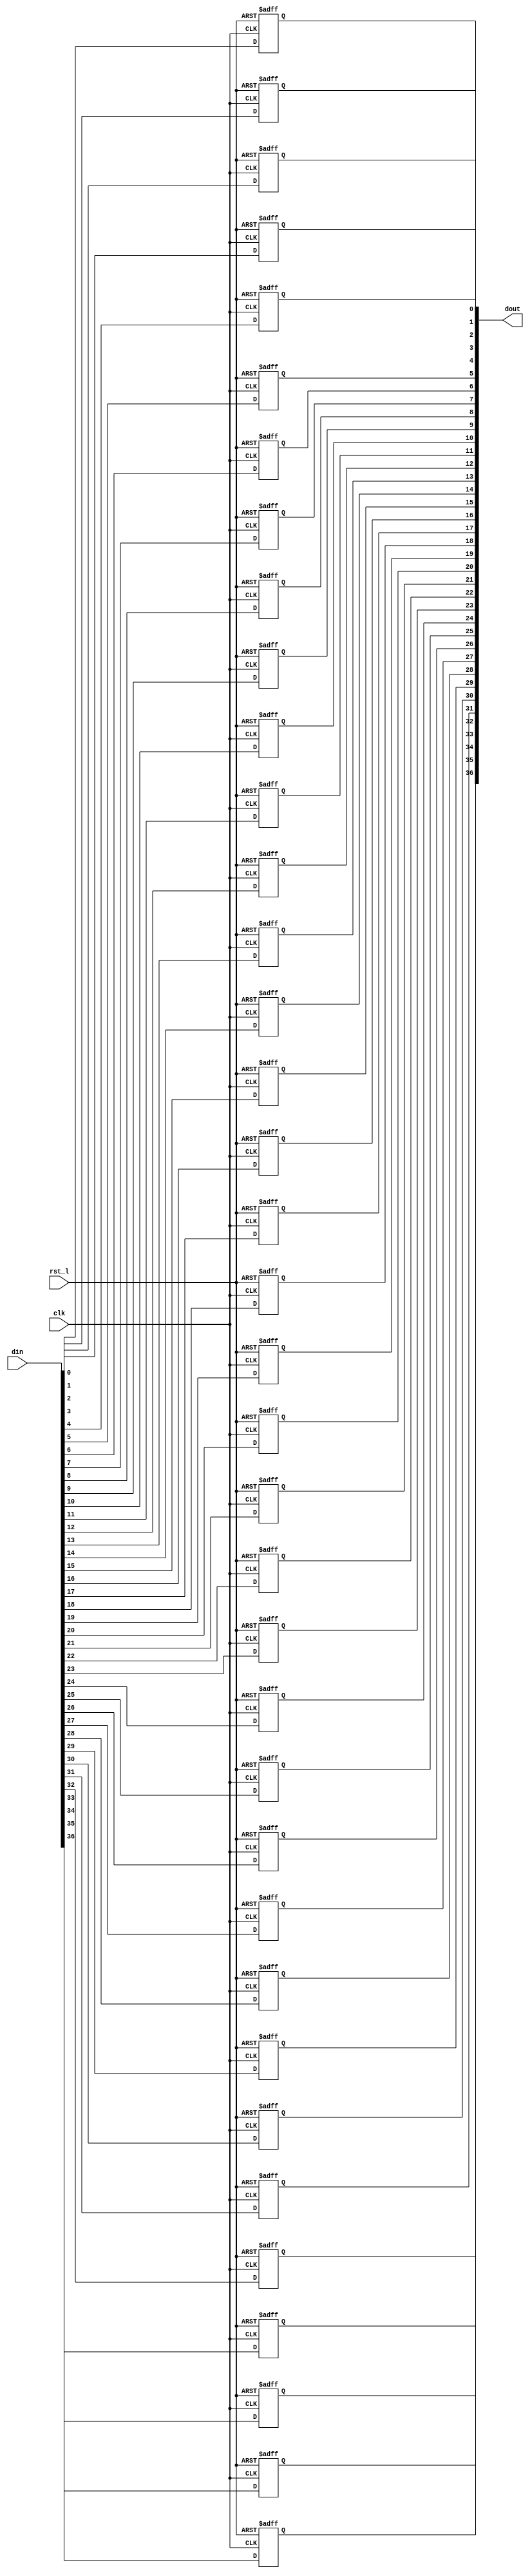
// This program was cloned from: https://github.com/NYU-MLDA/OpenABC
// License: BSD 3-Clause "New" or "Revised" License

module rvdff_WIDTH37
(
  din,
  clk,
  rst_l,
  dout
);

  input [36:0] din;
  output [36:0] dout;
  input clk;
  input rst_l;
  wire N0;
  reg [36:0] dout;

  always @(posedge clk or posedge N0) begin
    if(N0) begin
      dout[36] <= 1'b0;
    end else if(1'b1) begin
      dout[36] <= din[36];
    end
  end


  always @(posedge clk or posedge N0) begin
    if(N0) begin
      dout[35] <= 1'b0;
    end else if(1'b1) begin
      dout[35] <= din[35];
    end
  end


  always @(posedge clk or posedge N0) begin
    if(N0) begin
      dout[34] <= 1'b0;
    end else if(1'b1) begin
      dout[34] <= din[34];
    end
  end


  always @(posedge clk or posedge N0) begin
    if(N0) begin
      dout[33] <= 1'b0;
    end else if(1'b1) begin
      dout[33] <= din[33];
    end
  end


  always @(posedge clk or posedge N0) begin
    if(N0) begin
      dout[32] <= 1'b0;
    end else if(1'b1) begin
      dout[32] <= din[32];
    end
  end


  always @(posedge clk or posedge N0) begin
    if(N0) begin
      dout[31] <= 1'b0;
    end else if(1'b1) begin
      dout[31] <= din[31];
    end
  end


  always @(posedge clk or posedge N0) begin
    if(N0) begin
      dout[30] <= 1'b0;
    end else if(1'b1) begin
      dout[30] <= din[30];
    end
  end


  always @(posedge clk or posedge N0) begin
    if(N0) begin
      dout[29] <= 1'b0;
    end else if(1'b1) begin
      dout[29] <= din[29];
    end
  end


  always @(posedge clk or posedge N0) begin
    if(N0) begin
      dout[28] <= 1'b0;
    end else if(1'b1) begin
      dout[28] <= din[28];
    end
  end


  always @(posedge clk or posedge N0) begin
    if(N0) begin
      dout[27] <= 1'b0;
    end else if(1'b1) begin
      dout[27] <= din[27];
    end
  end


  always @(posedge clk or posedge N0) begin
    if(N0) begin
      dout[26] <= 1'b0;
    end else if(1'b1) begin
      dout[26] <= din[26];
    end
  end


  always @(posedge clk or posedge N0) begin
    if(N0) begin
      dout[25] <= 1'b0;
    end else if(1'b1) begin
      dout[25] <= din[25];
    end
  end


  always @(posedge clk or posedge N0) begin
    if(N0) begin
      dout[24] <= 1'b0;
    end else if(1'b1) begin
      dout[24] <= din[24];
    end
  end


  always @(posedge clk or posedge N0) begin
    if(N0) begin
      dout[23] <= 1'b0;
    end else if(1'b1) begin
      dout[23] <= din[23];
    end
  end


  always @(posedge clk or posedge N0) begin
    if(N0) begin
      dout[22] <= 1'b0;
    end else if(1'b1) begin
      dout[22] <= din[22];
    end
  end


  always @(posedge clk or posedge N0) begin
    if(N0) begin
      dout[21] <= 1'b0;
    end else if(1'b1) begin
      dout[21] <= din[21];
    end
  end


  always @(posedge clk or posedge N0) begin
    if(N0) begin
      dout[20] <= 1'b0;
    end else if(1'b1) begin
      dout[20] <= din[20];
    end
  end


  always @(posedge clk or posedge N0) begin
    if(N0) begin
      dout[19] <= 1'b0;
    end else if(1'b1) begin
      dout[19] <= din[19];
    end
  end


  always @(posedge clk or posedge N0) begin
    if(N0) begin
      dout[18] <= 1'b0;
    end else if(1'b1) begin
      dout[18] <= din[18];
    end
  end


  always @(posedge clk or posedge N0) begin
    if(N0) begin
      dout[17] <= 1'b0;
    end else if(1'b1) begin
      dout[17] <= din[17];
    end
  end


  always @(posedge clk or posedge N0) begin
    if(N0) begin
      dout[16] <= 1'b0;
    end else if(1'b1) begin
      dout[16] <= din[16];
    end
  end


  always @(posedge clk or posedge N0) begin
    if(N0) begin
      dout[15] <= 1'b0;
    end else if(1'b1) begin
      dout[15] <= din[15];
    end
  end


  always @(posedge clk or posedge N0) begin
    if(N0) begin
      dout[14] <= 1'b0;
    end else if(1'b1) begin
      dout[14] <= din[14];
    end
  end


  always @(posedge clk or posedge N0) begin
    if(N0) begin
      dout[13] <= 1'b0;
    end else if(1'b1) begin
      dout[13] <= din[13];
    end
  end


  always @(posedge clk or posedge N0) begin
    if(N0) begin
      dout[12] <= 1'b0;
    end else if(1'b1) begin
      dout[12] <= din[12];
    end
  end


  always @(posedge clk or posedge N0) begin
    if(N0) begin
      dout[11] <= 1'b0;
    end else if(1'b1) begin
      dout[11] <= din[11];
    end
  end


  always @(posedge clk or posedge N0) begin
    if(N0) begin
      dout[10] <= 1'b0;
    end else if(1'b1) begin
      dout[10] <= din[10];
    end
  end


  always @(posedge clk or posedge N0) begin
    if(N0) begin
      dout[9] <= 1'b0;
    end else if(1'b1) begin
      dout[9] <= din[9];
    end
  end


  always @(posedge clk or posedge N0) begin
    if(N0) begin
      dout[8] <= 1'b0;
    end else if(1'b1) begin
      dout[8] <= din[8];
    end
  end


  always @(posedge clk or posedge N0) begin
    if(N0) begin
      dout[7] <= 1'b0;
    end else if(1'b1) begin
      dout[7] <= din[7];
    end
  end


  always @(posedge clk or posedge N0) begin
    if(N0) begin
      dout[6] <= 1'b0;
    end else if(1'b1) begin
      dout[6] <= din[6];
    end
  end


  always @(posedge clk or posedge N0) begin
    if(N0) begin
      dout[5] <= 1'b0;
    end else if(1'b1) begin
      dout[5] <= din[5];
    end
  end


  always @(posedge clk or posedge N0) begin
    if(N0) begin
      dout[4] <= 1'b0;
    end else if(1'b1) begin
      dout[4] <= din[4];
    end
  end


  always @(posedge clk or posedge N0) begin
    if(N0) begin
      dout[3] <= 1'b0;
    end else if(1'b1) begin
      dout[3] <= din[3];
    end
  end


  always @(posedge clk or posedge N0) begin
    if(N0) begin
      dout[2] <= 1'b0;
    end else if(1'b1) begin
      dout[2] <= din[2];
    end
  end


  always @(posedge clk or posedge N0) begin
    if(N0) begin
      dout[1] <= 1'b0;
    end else if(1'b1) begin
      dout[1] <= din[1];
    end
  end


  always @(posedge clk or posedge N0) begin
    if(N0) begin
      dout[0] <= 1'b0;
    end else if(1'b1) begin
      dout[0] <= din[0];
    end
  end

  assign N0 = ~rst_l;

endmodule